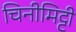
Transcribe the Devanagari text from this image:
चिनीमिट्टी